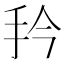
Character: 𭠔